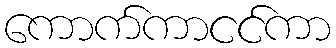
ကောက်ကာငင်ကာ